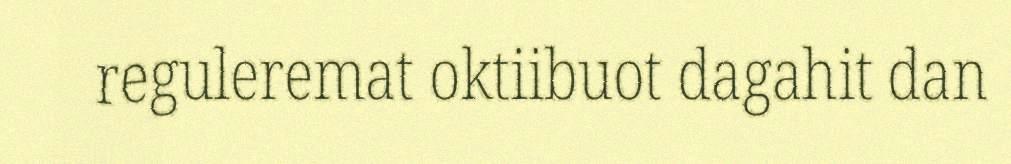
reguleremat oktiibuot dagahit dan